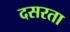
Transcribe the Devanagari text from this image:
दसरता